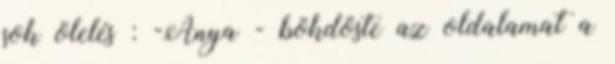
sok ölelés : -Anya - bökdöste az oldalamat a